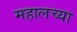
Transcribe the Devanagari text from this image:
महालच्या